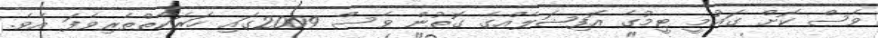
ވެސް ކޮށް ގައުމީ ޓީމުގެ އޮފިޝަލެއްގެ ގޮތުން ވެސް 2009ގައި ހަރަކާތްތެރިވެފަ އެވެ.